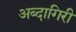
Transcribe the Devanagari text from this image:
अब्दागिरी